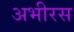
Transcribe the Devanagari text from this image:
अभीरस